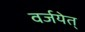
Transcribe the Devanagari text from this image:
वर्जयेत्